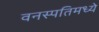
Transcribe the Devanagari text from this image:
वनस्पतिमध्ये